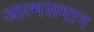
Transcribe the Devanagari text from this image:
आत्मसमान